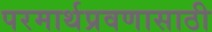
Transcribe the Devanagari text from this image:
परमार्थप्रवणासाठी